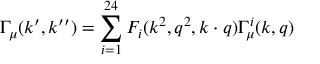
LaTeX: \Gamma _ { \mu } ( k ^ { \prime } , k ^ { \prime \prime } ) = \sum _ { i = 1 } ^ { 2 4 } F _ { i } ( k ^ { 2 } , q ^ { 2 } , k \cdot q ) \Gamma _ { \mu } ^ { i } ( k , q )